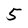
Character: 5